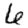
Digit: 6